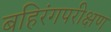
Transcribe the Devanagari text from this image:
बहिरंगपरीक्षण